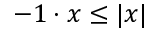
- 1 \cdot x \leq | x |